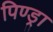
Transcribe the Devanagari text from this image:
पिण्‍ड्रा